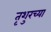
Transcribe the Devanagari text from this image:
तृशुरच्या